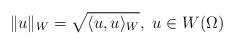
LaTeX: \begin{align*}\Vert u\Vert _W=\sqrt{\langle u,u\rangle _W},\,\, u\in W(\Omega)\end{align*}